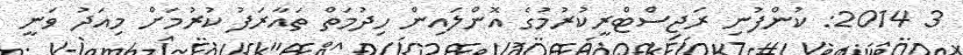
3 2014: ކުންފުނި ރަޖިސްޓްރީކުރުމުގެ އޮންލައިން ހިދުމަތް ތައާރަފު ކުރުމަށް މިއަދު ވަނީ